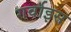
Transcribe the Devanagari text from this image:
गर्वाइस